Annual report of the Central Committee of the Association together with the report of the directors of the Pasteur Institute at Kasauli
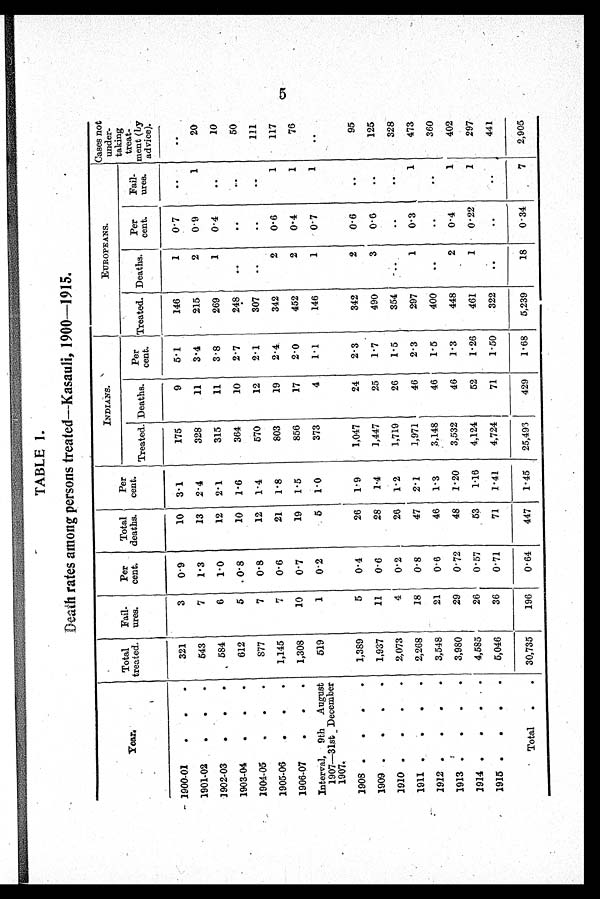
TABLE 1.
Death rates among persons treated—Kasauli, 1900-1915.
Year.
Total
treated.
Fail-
ures.
Per
cent.
Total
deaths.
Per
cent.
INDIANS.
EUROPEANS.
Cases not
under -
taking
treat-
ment (by
advice).
Treated. Deaths.
Per
cent.
Treated. Deaths.
Per
cent.
Fail-
ures.
1900-01
. . .
321
3
0 . 9
10
3.1
175
9
5.1
146
1
0.72
. .
. .
1901-02
.
.
.
543
7
1.3
13
2.4
328
11
3.4
215
2
0 . 9
1
20
1902-03
.
. .
, 584
6
1 . 0
12
2.1
315
11
3 . 8
269
0 . 4
. .
10
1903-04
.
.
.
612
5
0 . 8
10
1.6
364
10
2 . 7
248
..
..
. .
50
1904-05
.
.
.
877
7
0.8
12
1.4
570
12
2 . 1
307
..
..
..
111
1905-06
.
.
.
1,145
7
0.6
21
1.8
803
19
2.4
342
2
0.6
1
117
1906-07
.
.
.
1,308
10
0 . 7
19
1. 5
856
17
2.0
452
2
0.4
1
76
Interval,
9th
August
1907—31st _ December
1907.
519
1
0 . 2
5
1.0
373
4
1 . 1
146
1
0 . 7
1
. .
1908 .
.
.
.
1,389
5
0 . 4
26
1.9
1,047
24
2.3
342
2
0 . 6
. .
95
1909 .
.
.
.
1,937
11
0 . 6
28
1 . 4
1,447
25
1 . 7
490
3
0.6
..
125
1910 .
.
.
.
2,073
4
0 . 2
26
1.2
1,719
26
1 . 5
354
. .
. .
. .
328
1911 .
.
.
.
2,268
18
0 . 8
47
2.1
1,971
46
2 . 3
297
1
0.3
1
473
1912 .
.
.
.
3,548
21
0 . 6
46
1. 3
3,148
46
1.5
400
..
..
..
360
1913 .
.
.
.
3,980
29
0.72
48
1.20
3,532
46
1 . 3
448
2
0 . 4
1
402
1914 .
.
. .
4,585
26
0.57
53
1.16
4,124
52
1.26
461
1
0.22
1
297
1915 .
.
.
.
5,046
36
0.71
71
1.41
4,724
71
1.50
322
..
..
..
441
Total
.
.
30,735
196
0.64
447
1.45
25,493
429
1.68
5,239
18
0 . 3 4
7
2,905